Jarvakandi_vallavalitsus, lk 4
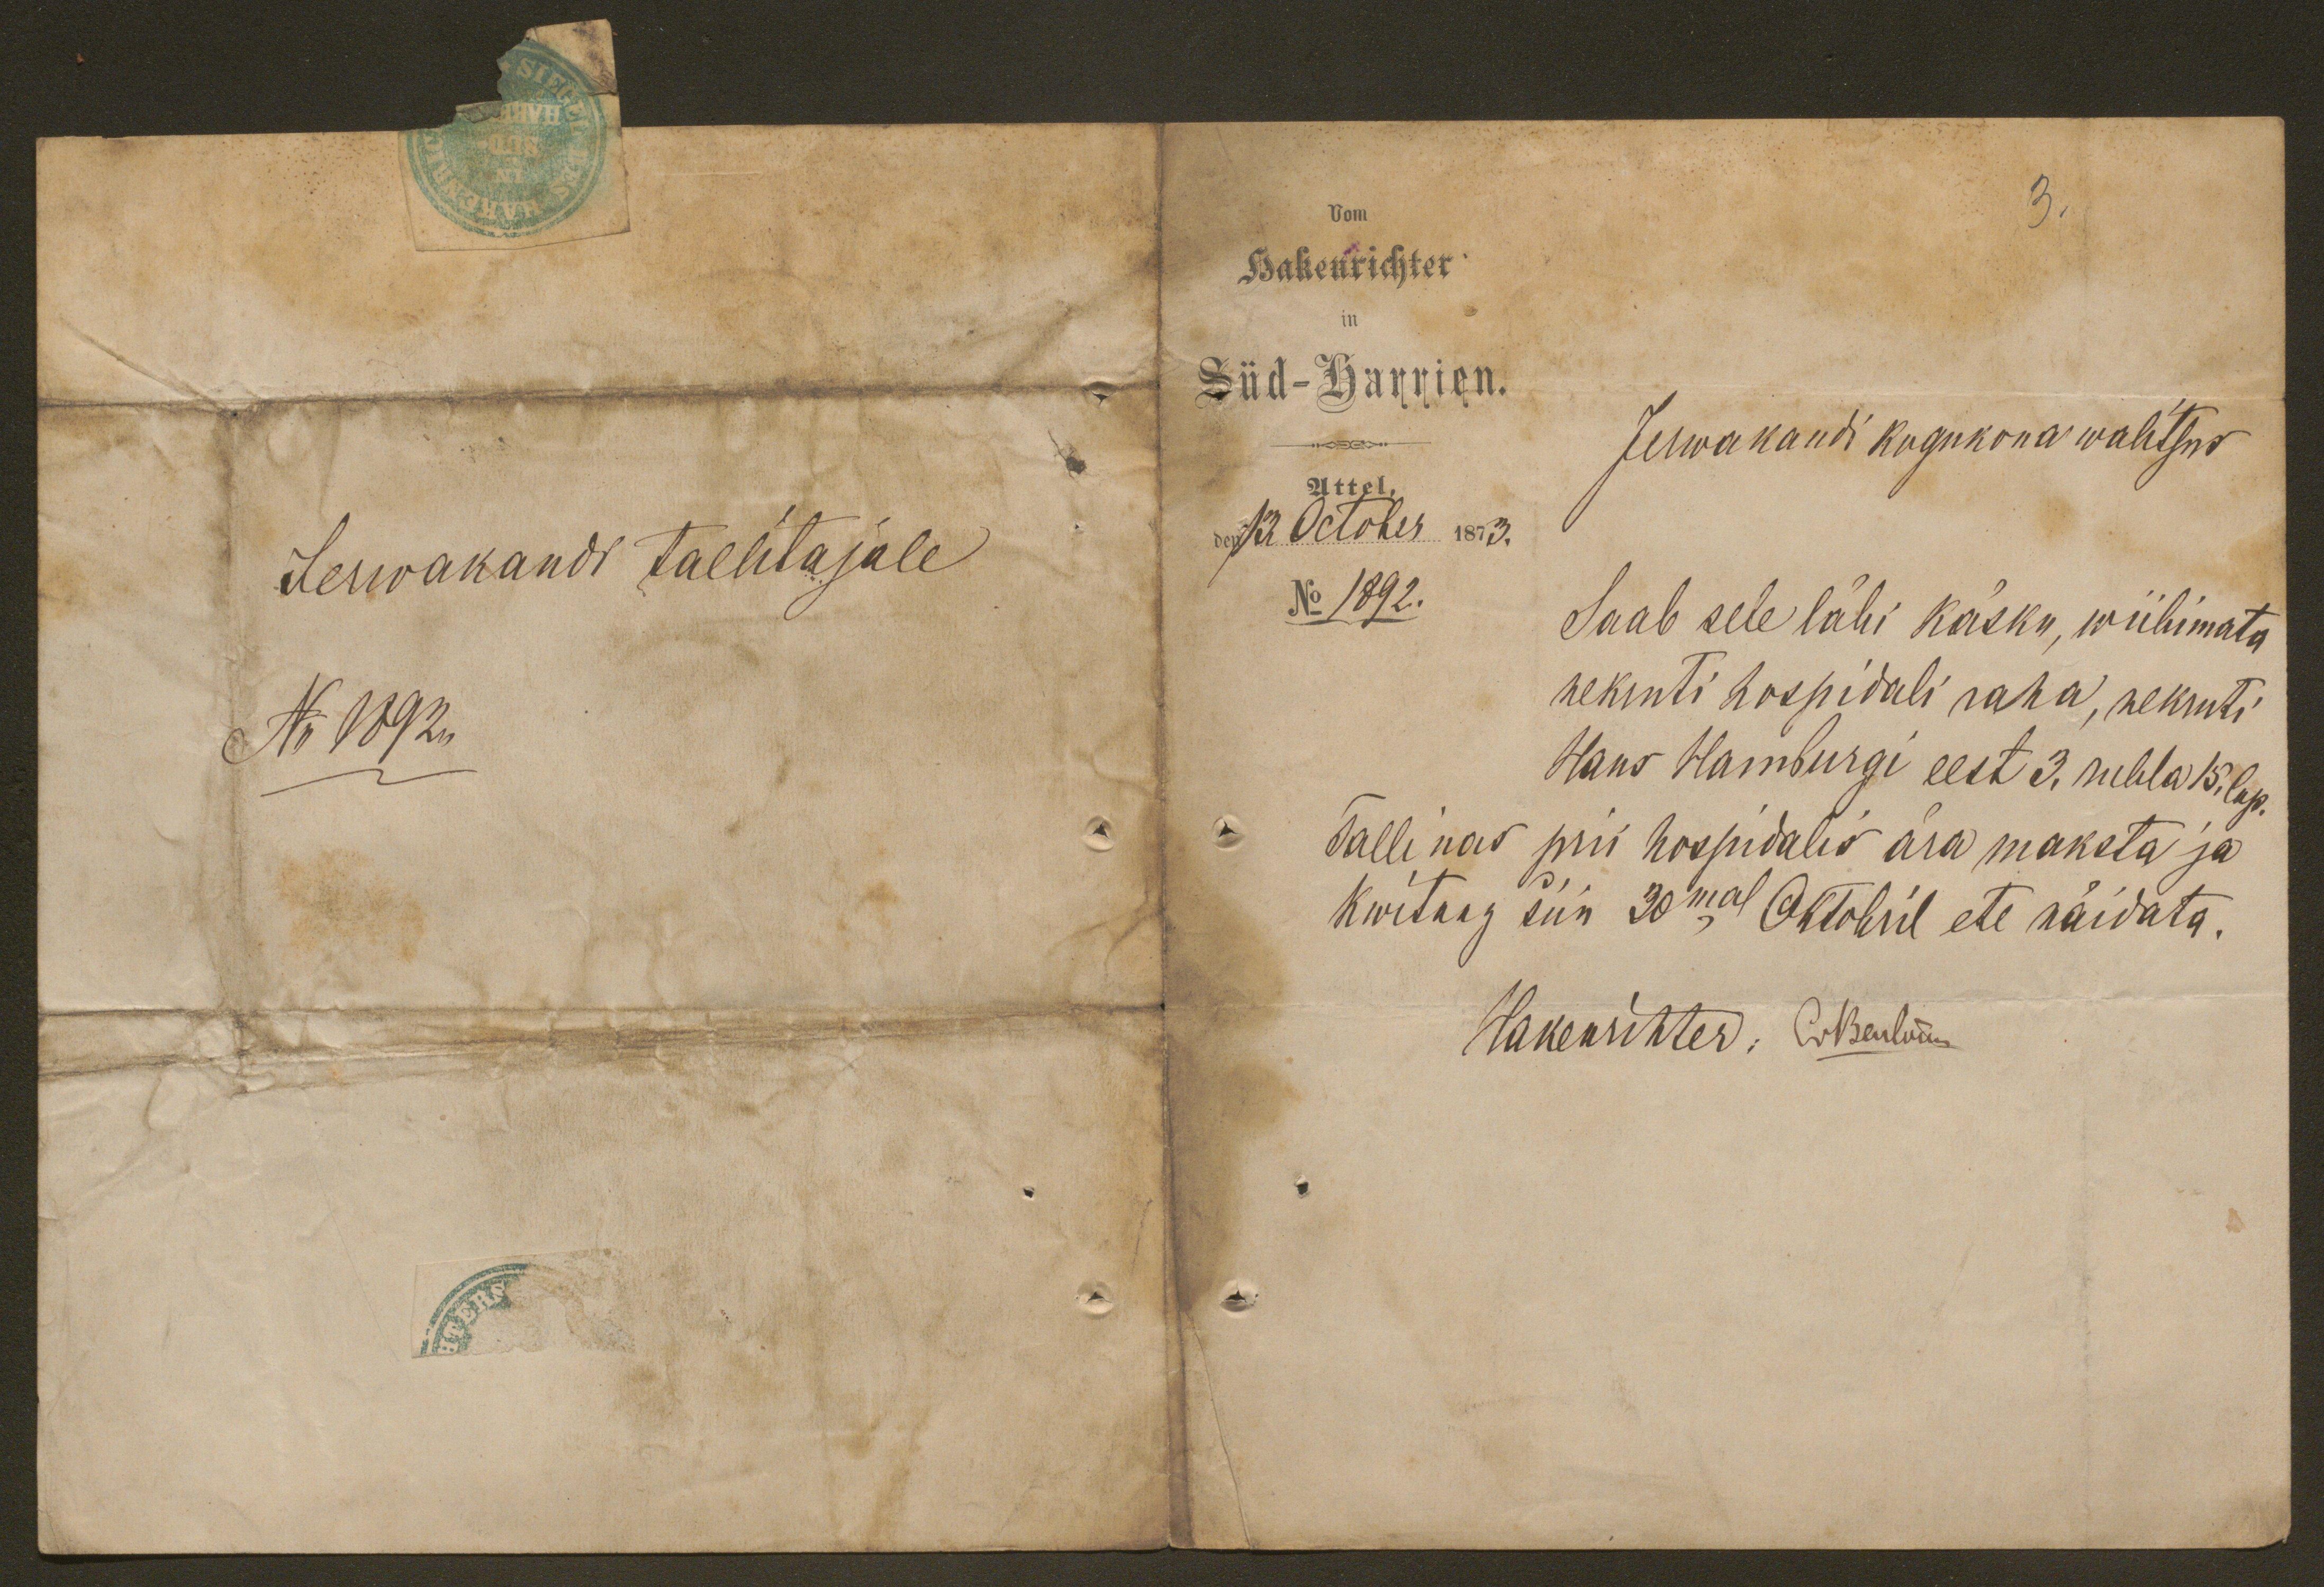
Jerwakandi tallitajale
No 1892

Vom
Hakenrichter
in
Süd-Harrien.
Jerwakandi kogukona walitsus
Uttel,
den 13 October 1873.
No 1892.
Saab sele läbi käsku, wiibimata
nekruti hospidali raha, nekruti
Hans Hansurgi eest 3. rubla 15. kop.
Tallinas prii hospidalis ära maksta ja
Kwitung siin 30mal Oktobril ete näidata.
Hakenrichter. A. Beuluud